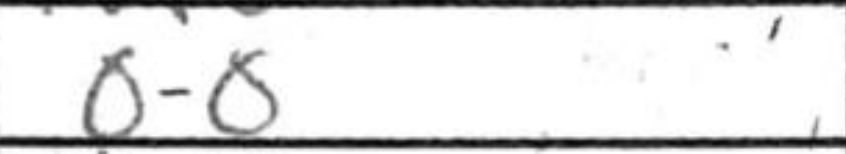
Transcription: O-O